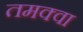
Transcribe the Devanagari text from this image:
तमक्वा